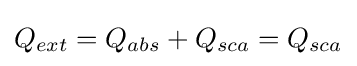
Q_{ext}=Q_{abs}+Q_{sca}=Q_{sca}